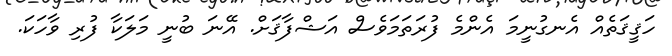
ހަޤީޤަތެއް އެނގުނީމަ އެންމެ ފުރަތަމަވެސް އަޝްފާޤަށް. އޭނަ ބުނީ މަލަކާ ފުރި ވާހަކަ.